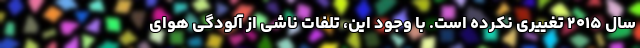
سال ۲۰۱۵ تغییری نکرده است. با وجود این، تلفات ناشی از آلودگی هوای